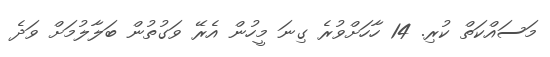
މަސައްކަތް ކުރި. 14 ހާހަށްވުރެ ގިނަ މީހުން އެރޭ ވަގުތުން ބަލާލުމަށް ވަދެ